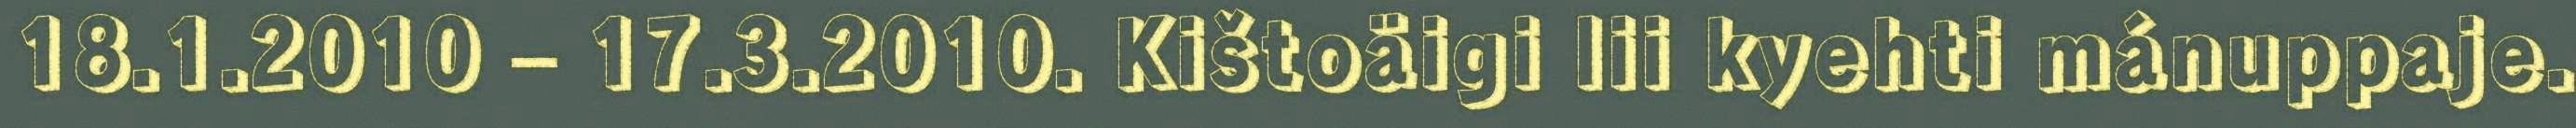
18.1.2010 – 17.3.2010. Kištoäigi lii kyehti mánuppaje.